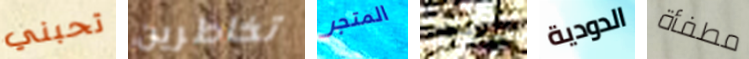
تحبني تخاطرين المتجر سيكون الدودية مطفأة